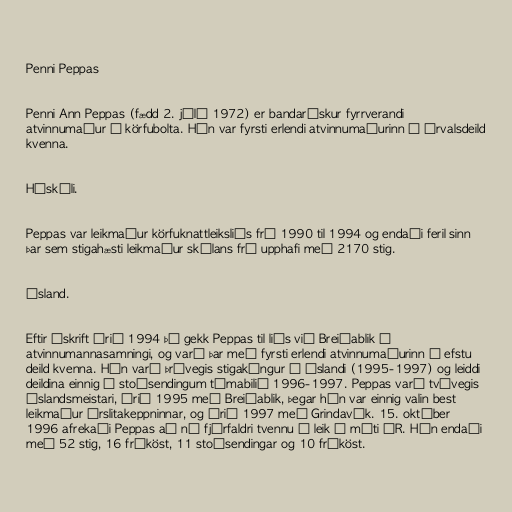
Penni Peppas

Penni Ann Peppas (fædd 2. júlí 1972) er bandarískur fyrrverandi
atvinnumaður í körfubolta. Hún var fyrsti erlendi atvinnumaðurinn í Úrvalsdeild
kvenna.

Háskóli.

Peppas var leikmaður körfuknattleiksliðs frá 1990 til 1994 og endaði feril sinn
þar sem stigahæsti leikmaður skólans frá upphafi með 2170 stig.

Ísland.

Eftir úskrift árið 1994 þá gekk Peppas til liðs við Breiðablik á
atvinnumannasamningi, og varð þar með fyrsti erlendi atvinnumaðurinn í efstu
deild kvenna. Hún varð þrívegis stigakóngur á Íslandi (1995-1997) og leiddi
deildina einnig í stoðsendingum tímabilið 1996-1997. Peppas varð tvívegis
Íslandsmeistari, árið 1995 með Breiðablik, þegar hún var einnig valin best
leikmaður úrslitakeppninnar, og árið 1997 með Grindavík. 15. október
1996 afrekaði Peppas að ná fjórfaldri tvennu í leik á móti ÍR. Hún endaði
með 52 stig, 16 fráköst, 11 stoðsendingar og 10 fráköst.